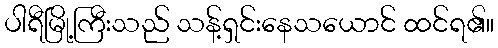
ပါရီမြို့ကြီးသည် သန့်ရှင်းနေသယောင် ထင်ရ၏။